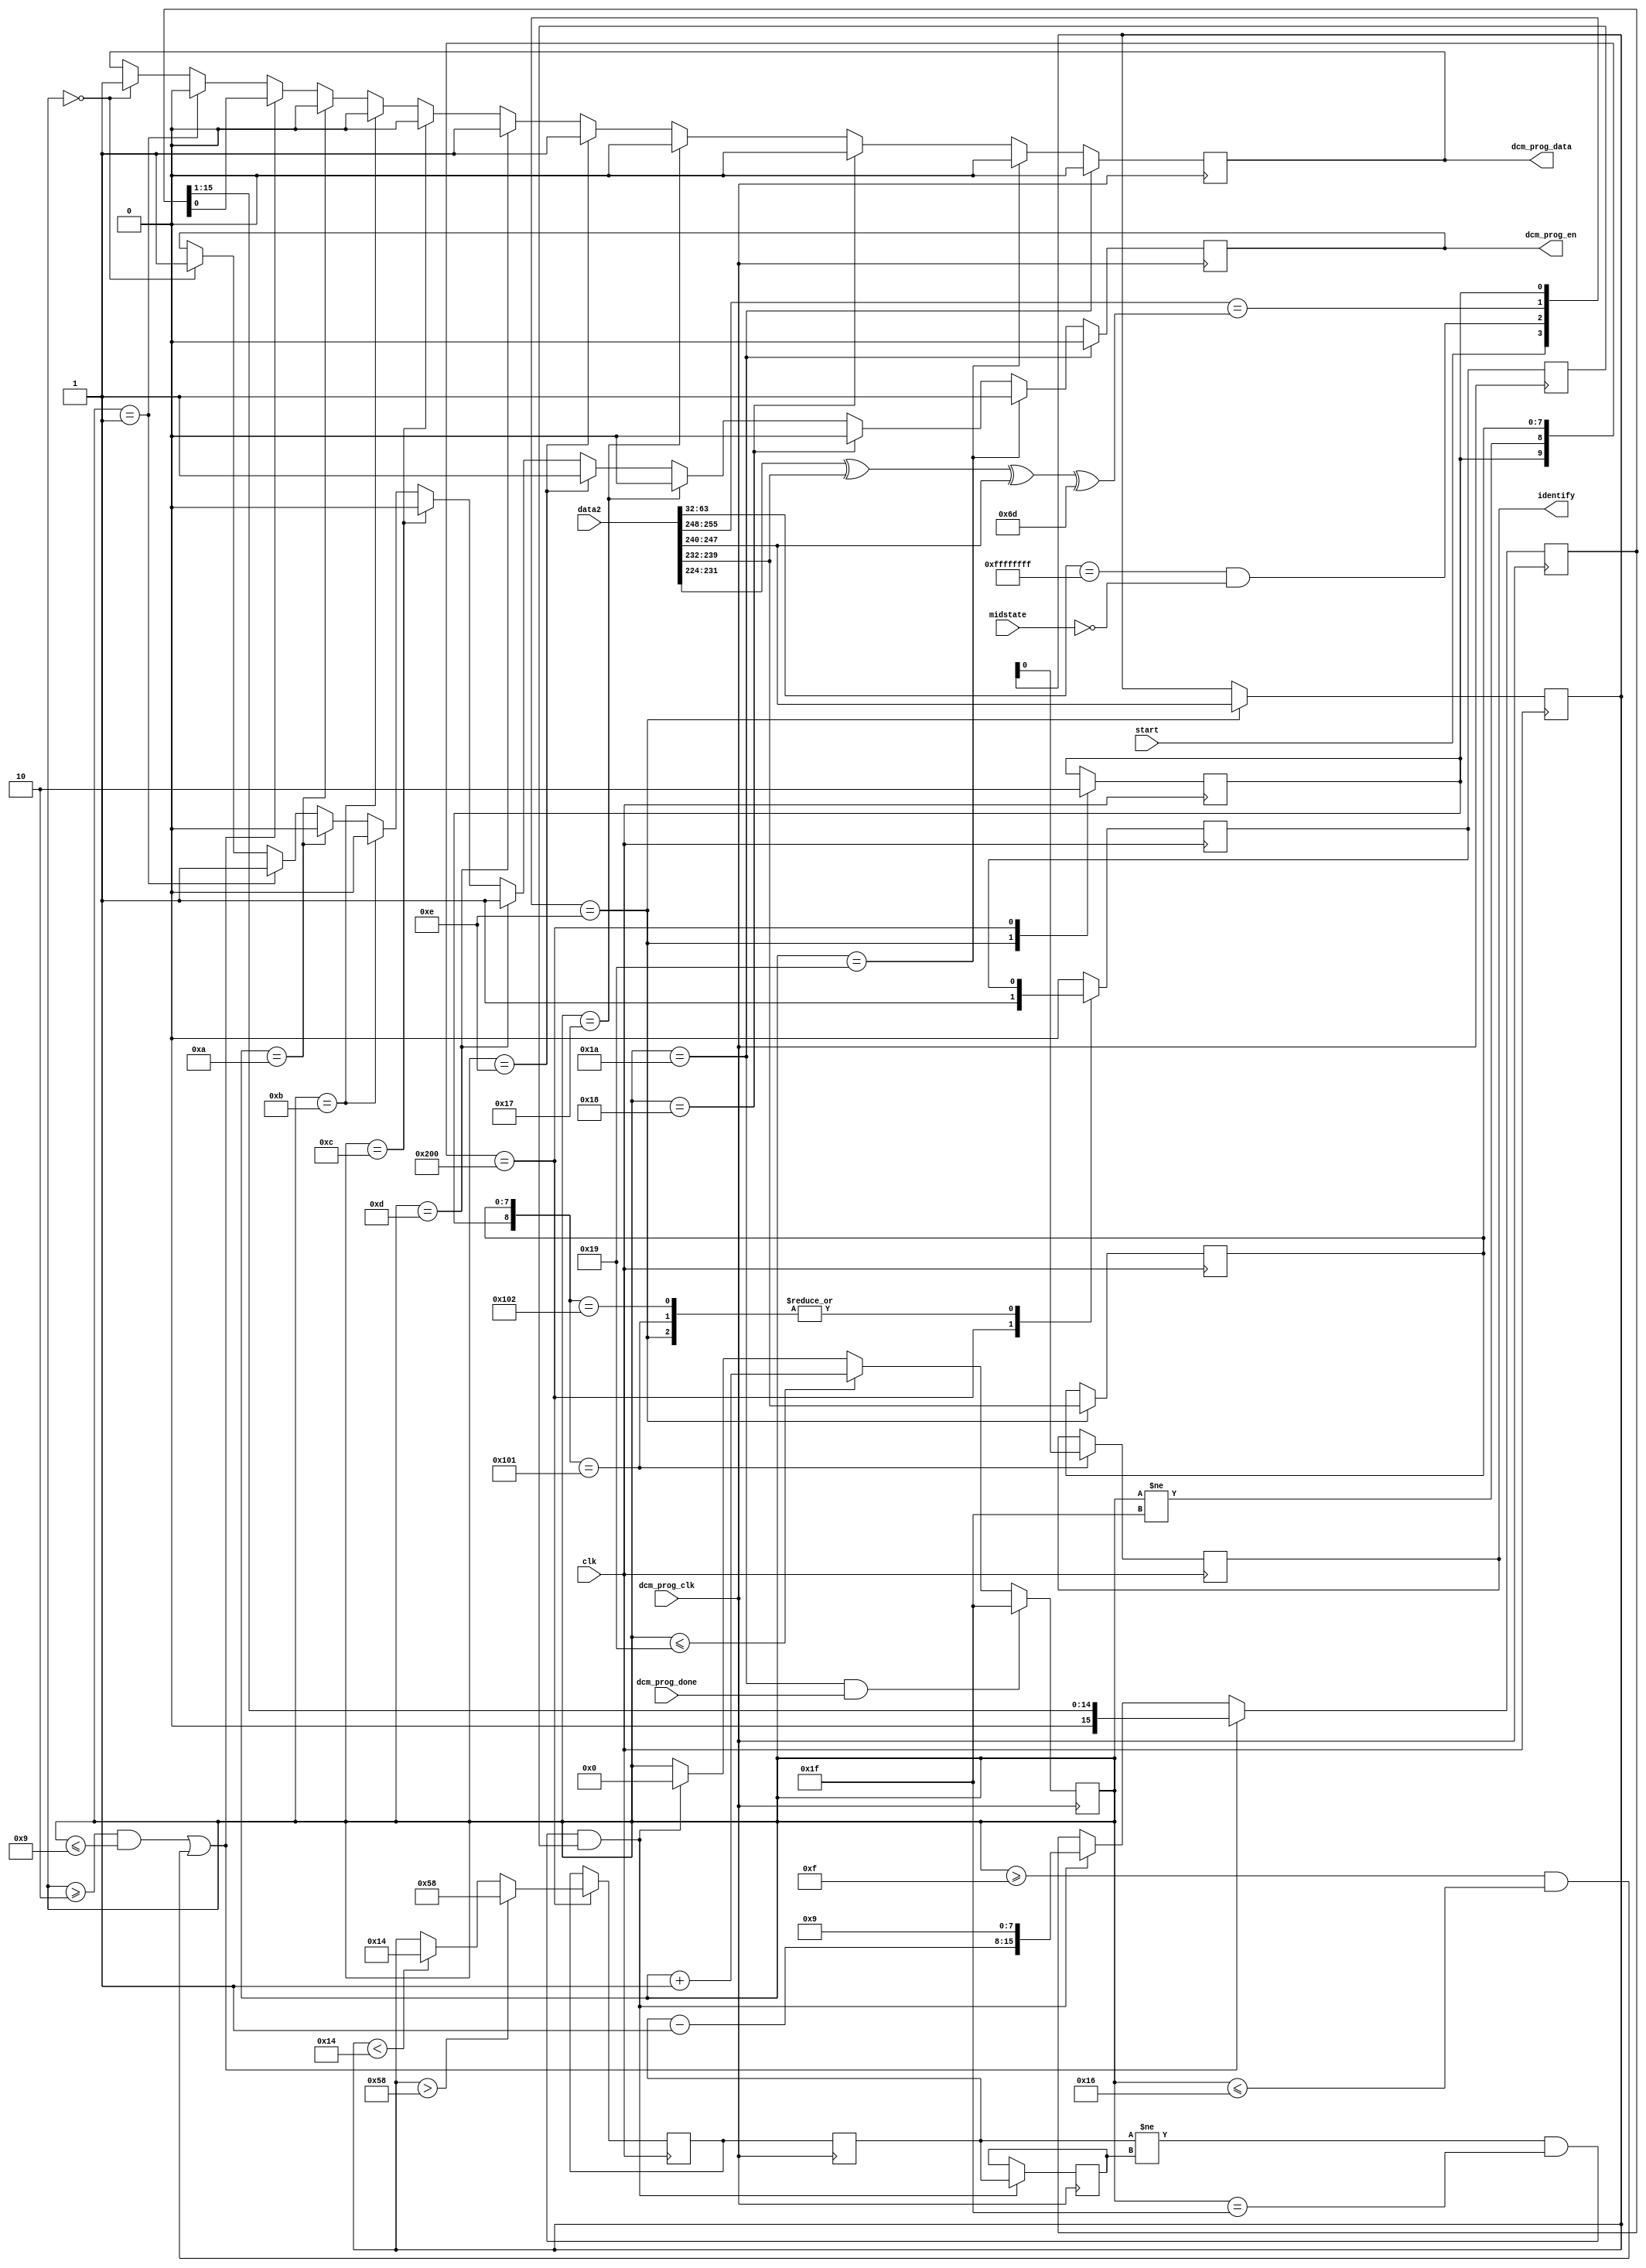
module dcm_controller (
		clk,
		data2,
		midstate,
		start,
		dcm_prog_data,
		dcm_prog_clk,
		dcm_prog_done,
		dcm_prog_en,
		identify
	);

	//Parameters:
	//================================================
	parameter MAXIMUM_MULTIPLIER = 88;
	parameter MINIMUM_MULTIPLIER = 20;
	parameter INITIAL_MULTIPLIER = 60;
	parameter INITIAL_DIVIDER = 10;

	//IO Definitions:
	//================================================
	input clk;
   input [255:0] midstate;
	input [255:0] data2;
	input start;
	input dcm_prog_clk;
	output dcm_prog_data;
	output dcm_prog_en;
	input dcm_prog_done;
	output identify;
	
	//Register/Wire Definitions:
	//================================================
	reg dcm_prog_data = 0;
	reg dcm_prog_en = 0;
	wire [31:0] cmd_trigger_timestamp;
	wire cmd_trigger;
	wire [7:0] cmd_prefix;
	wire [7:0] cmd_id;
	wire [7:0] cmd_data;
	wire [7:0] cmd_validator;
	wire cmd_valid;
	reg busy = 0;
	reg [7:0] cmd_latch_id = 8'd0;
	reg [7:0] cmd_latch_data = 8'd0;
	reg dcm_prog_ready = 0;
	reg [7:0] dcm_multiplier = INITIAL_MULTIPLIER;
	reg [7:0] current_dcm_multiplier = 8'd0;
	reg [4:0] dcm_progstate = 5'd31;
	reg [15:0] dcm_data = 16'd0;
	wire [7:0] dcm_divider_s1;
	wire [7:0] dcm_multiplier_s1;
	reg dcm_prog_ready_b = 0;
	wire dcm_prog_busy;
	reg [7:0] dcm_multiplier_b = 8'd0;
	reg identify = 0;
	reg [2:0] nonce_dip_bits = 3'd0;
	wire [12:0] fsm_state;
	
	//Assignments:
	//================================================
	assign cmd_trigger_timestamp = data2[63:32];
	assign cmd_prefix = data2[231:224];		//data2 byte 29 should always be 10110111 results in xor against 01011010 with id/data
	assign cmd_id = data2[239:232];			//data2 byte 30
	assign cmd_data = data2[247:240];		//data2 byte 31
	assign cmd_validator = data2[255:248];	//data2 byte 32
	assign cmd_trigger = (cmd_trigger_timestamp == 32'hffffffff) && (midstate == 256'd0);
	assign cmd_valid = cmd_validator == (cmd_prefix ^ cmd_id ^ cmd_data ^ 8'b01101101);
	assign dcm_prog_busy = (dcm_progstate != 5'd31);
	assign dcm_divider_s1 = INITIAL_DIVIDER-1;
	assign dcm_multiplier_s1 = dcm_multiplier_b - 8'd1;
	assign fsm_state = {start,cmd_trigger,cmd_valid,busy,dcm_prog_busy,cmd_latch_id};
	
	//Toplevel Logic:
	//================================================
		
	//Main command processor/validation state machine
	always @(posedge clk)
		begin
			casex (fsm_state)
				13'b1110xxxxxxxxx: begin //(start && cmd_trigger && cmd_valid && ~busy)
						//We're not busy, and We've received the start (data in from uart) 
						//and trigger (appropriate malformed packet)
						//And the command passes it's simple validation check
						//So lets decode it, latch the data, and flag busy to handle the command
						cmd_latch_id <= cmd_id;
						cmd_latch_data <= cmd_data;
						busy <= 1; //Flag we're busy										
					end
				13'bxxx1000000000: begin //(busy && cmd_latch_id==8'd0 && ~dcm_prog_busy)
						//COMMAND: Set Clock
						if(cmd_latch_data > MAXIMUM_MULTIPLIER)
							dcm_multiplier <= MAXIMUM_MULTIPLIER;
						else if(cmd_latch_data < MINIMUM_MULTIPLIER)
							dcm_multiplier <= MINIMUM_MULTIPLIER;
						else
							dcm_multiplier <= cmd_latch_data;
						dcm_prog_ready <= 1;
						busy <= 0;
					end
				13'bxxx1x00000001: begin //(busy && cmd_latch_id==8'd1)
						//COMMAND: Identify
						identify <= cmd_latch_data[0]; //Set identify flag to first bit of command data byte.
					end
				13'bxxx1x00000010: begin //(busy && cmd_latch_id==8'd2)
						//COMMAND: Set Nonce_DIP_Bits
						nonce_dip_bits <= cmd_latch_data[2:0]; //Set number of nonce msb bits to take from chip-specific DIP switches
					end			
				default: begin	//else
						dcm_prog_ready <= 0; //stop asserting prog_ready, the programmer has grabbed it by now.
					end
			endcase
		end
		
	//DCM Programming logic
	//Mostly copied from https://github.com/progranism/Open-Source-FPGA-Bitcoin-Miner
	//Adapted to our specific setup
	always @(posedge dcm_prog_clk)
		begin
			//Clock crossing buffers:
			dcm_prog_ready_b <= dcm_prog_ready;
			dcm_multiplier_b <= dcm_multiplier;
			
			if (dcm_multiplier_b != current_dcm_multiplier && dcm_progstate == 5'd31 && dcm_prog_ready_b)
			begin
				current_dcm_multiplier <= dcm_multiplier_b;
				dcm_progstate <= 5'd0;
				// DCM expects D-1 and M-1
				dcm_data <= {dcm_multiplier_s1, dcm_divider_s1};
			end

			if (dcm_progstate == 5'd0) {dcm_prog_en, dcm_prog_data} <= 2'b11;
			if (dcm_progstate == 5'd1) {dcm_prog_en, dcm_prog_data} <= 2'b10;
			if ((dcm_progstate >= 5'd2 && dcm_progstate <= 5'd9) || (dcm_progstate >= 5'd15 && dcm_progstate <= 5'd22))
			begin
				dcm_prog_data <= dcm_data[0];
				dcm_data <= {1'b0, dcm_data[15:1]};
			end

			if (dcm_progstate == 5'd10) {dcm_prog_en, dcm_prog_data} <= 2'b00;
			if (dcm_progstate == 5'd11) {dcm_prog_en, dcm_prog_data} <= 2'b00;
			if (dcm_progstate == 5'd12) {dcm_prog_en, dcm_prog_data} <= 2'b00;

			if (dcm_progstate == 5'd13) {dcm_prog_en, dcm_prog_data} <= 2'b11;
			if (dcm_progstate == 5'd14) {dcm_prog_en, dcm_prog_data} <= 2'b11;

			if (dcm_progstate == 5'd23) {dcm_prog_en, dcm_prog_data} <= 2'b00;
			if (dcm_progstate == 5'd24) {dcm_prog_en, dcm_prog_data} <= 2'b00;
			if (dcm_progstate == 5'd25) {dcm_prog_en, dcm_prog_data} <= 2'b10;
			if (dcm_progstate == 5'd26) {dcm_prog_en, dcm_prog_data} <= 2'b00;

			if (dcm_progstate <= 5'd25) dcm_progstate <= dcm_progstate + 5'd1;

			if (dcm_progstate == 5'd26 && dcm_prog_done)
				dcm_progstate <= 5'd31;
		end
endmodule